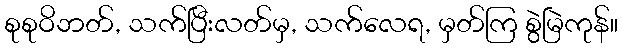
စုစုဝိဘတ်, သက်ပြီးလတ်မှ, သက်လေရ, မှတ်ကြ စွဲမြဲကုန်။